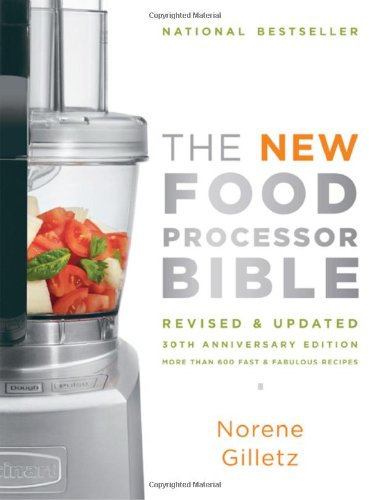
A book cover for The New Food Processor Bible: 30th Anniversary Edition (Bible (Whitecap)); Norene Gilletz; Cookbooks, Food & Wine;